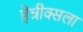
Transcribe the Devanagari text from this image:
हेन्रीक्सला